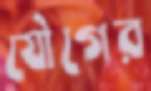
যৌগের